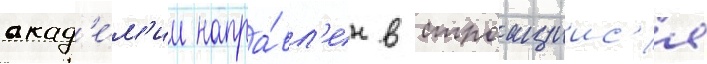
акад'е́м'ии напра́вл'ен в строащиис'я